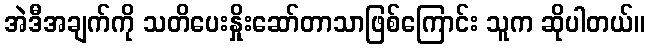
အဲဒီအချက်ကို သတိပေးနှိုးဆော်တာသာဖြစ်ကြောင်း သူက ဆိုပါတယ်။